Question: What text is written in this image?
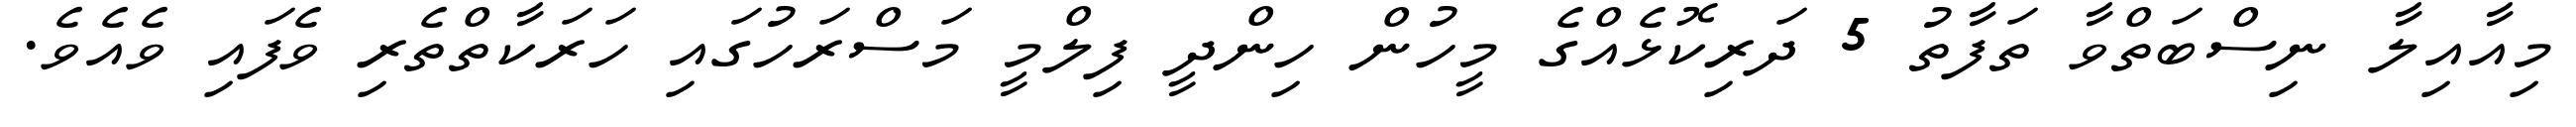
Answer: މިއާއިލާ ނިސްބަތްވާ ތަފާތު 5 ދަރިކޮޅެއްގެ މީހުން ހިންދީ ފިލްމީ މަސްރަހުގައި ހަރަކާތްތެރި ވެފައި ވެއެވެ.